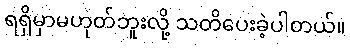
ရရှိမှာမဟုတ်ဘူးလို့ သတိပေးခဲ့ပါတယ်။